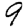
Digit: 9